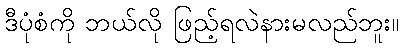
ဒီပုံစံကို ဘယ်လို ဖြည့်ရလဲနားမလည်ဘူး။